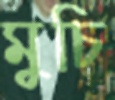
মুচি